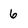
Character: 6